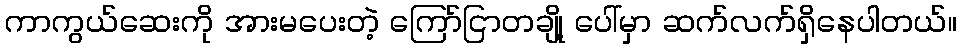
ကာကွယ်ဆေးကို အားမပေးတဲ့ ကြော်ငြာတချို့ ပေါ်မှာ ဆက်လက်ရှိနေပါတယ်။